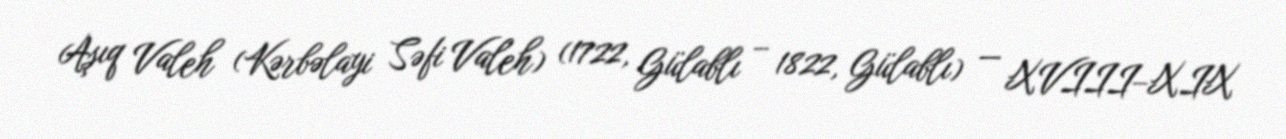
Aşıq Valeh (Kərbəlayi Səfi Valeh) (1722, Gülablı – 1822, Gülablı) — XVIII–XIX